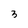
Character: 3